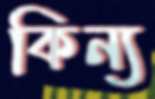
কিন্য